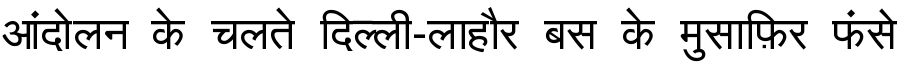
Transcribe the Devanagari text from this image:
आंदोलन के चलते दिल्ली-लाहौर बस के मुसाफ़िर फंसे